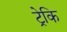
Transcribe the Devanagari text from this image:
ट्रेकि